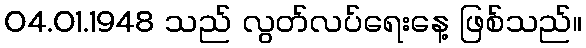
04.01.1948 သည် လွတ်လပ်ရေးနေ့ ဖြစ်သည်။